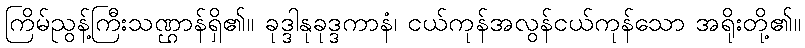
ကြိမ်ညွန့်ကြီးသဏ္ဌာန်ရှိ၏။ ခုဒ္ဒါနုခုဒ္ဒကာနံ၊ ငယ်ကုန်အလွန်ငယ်ကုန်သော အရိုးတို့၏။